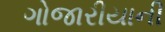
ગોજારીયાની